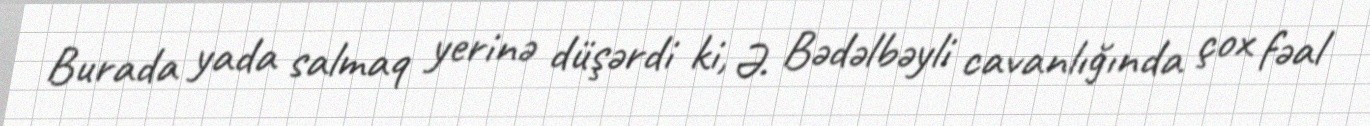
Burada yada salmaq yerinə düşərdi ki, Ə. Bədəlbəyli cavanlığında çox fəal